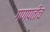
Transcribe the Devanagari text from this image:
गणपतीच